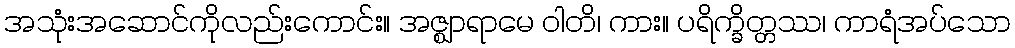
အသုံးအဆောင်ကိုလည်းကောင်း။ အဇ္ဈာရာမေ ဝါတိ၊ ကား။ ပရိက္ခိတ္တဿ၊ ကာရံအပ်သော